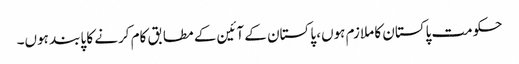
حکومت پاکستان کا ملازم ہوں، پاکستان کے آئین کے مطابق کام کرنے کا پابند ہوں۔